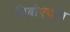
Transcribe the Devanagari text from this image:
ग्रिबोएदोव